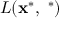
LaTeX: L ( \mathbf { x } ^ { \ast } , \mathbf { \mu } ^ { \ast } )